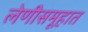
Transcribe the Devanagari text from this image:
लेणीसमूहात